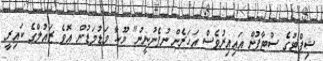
ޝިފްޓުގެ ސްޓާފުން އައިއިރުވެސް އަހަރެން ނުފެނުނީނު" ޔޫހާ މަޑުމަޑުން އޮވެ ޒައުލްގެ ކައިރީ